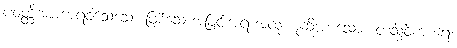
ပဝတ္တိအာကာရဝိသေသေ၊ ဖြစ်သောအခြင်းအရာအထူးဟုဆိုအပ်သော။ တသ္မိံဝိကာရေ၊